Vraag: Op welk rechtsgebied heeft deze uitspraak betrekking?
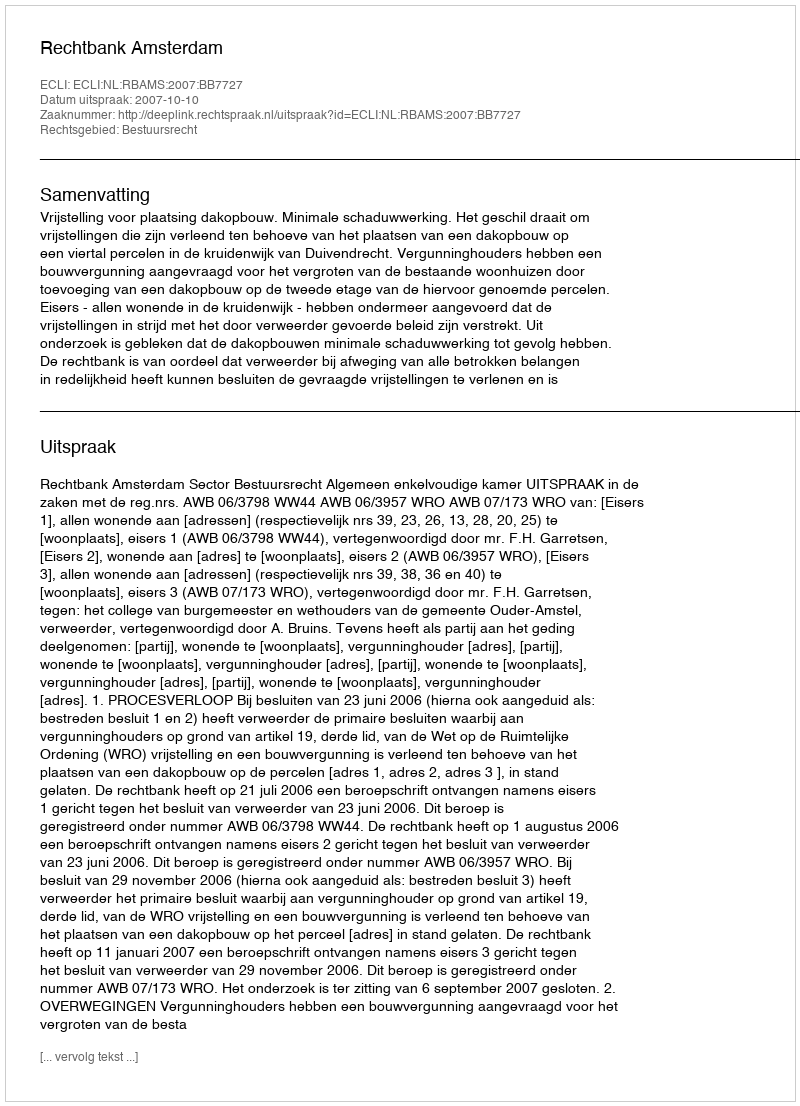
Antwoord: Bestuursrecht